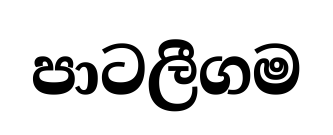
පාටලීගම